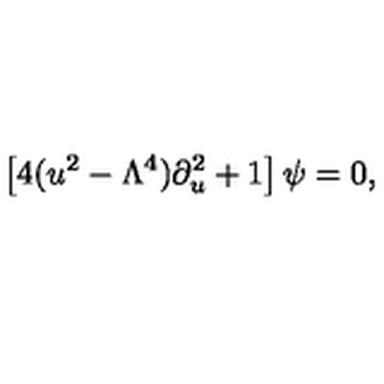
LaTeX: \left[ 4 ( u ^ { 2 } - \Lambda ^ { 4 } ) \partial _ { u } ^ { 2 } + 1 \right] \psi = 0 ,